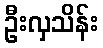
ဦးလှသိန်း